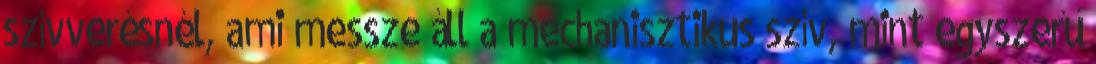
szívverésnél, ami messze áll a mechanisztikus szív, mint egyszerű